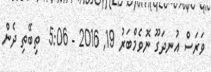
ވަރަސް އުނދަގޫ ނޮވެމްބަރު 19